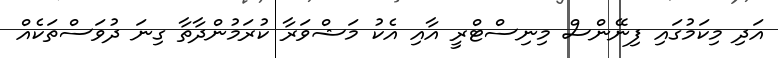
އަދި މިކަމުގައި ފިނޭންސް މިނިސްޓްރީ އާއި އެކު މަޝްވަރާ ކުރަަމުންދާތާ ގިނަ ދުވަސްތަކެއް